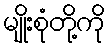
မျိုးစုံတို့ကို